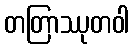
တတြာဿုတဝါ